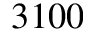
3 1 0 0